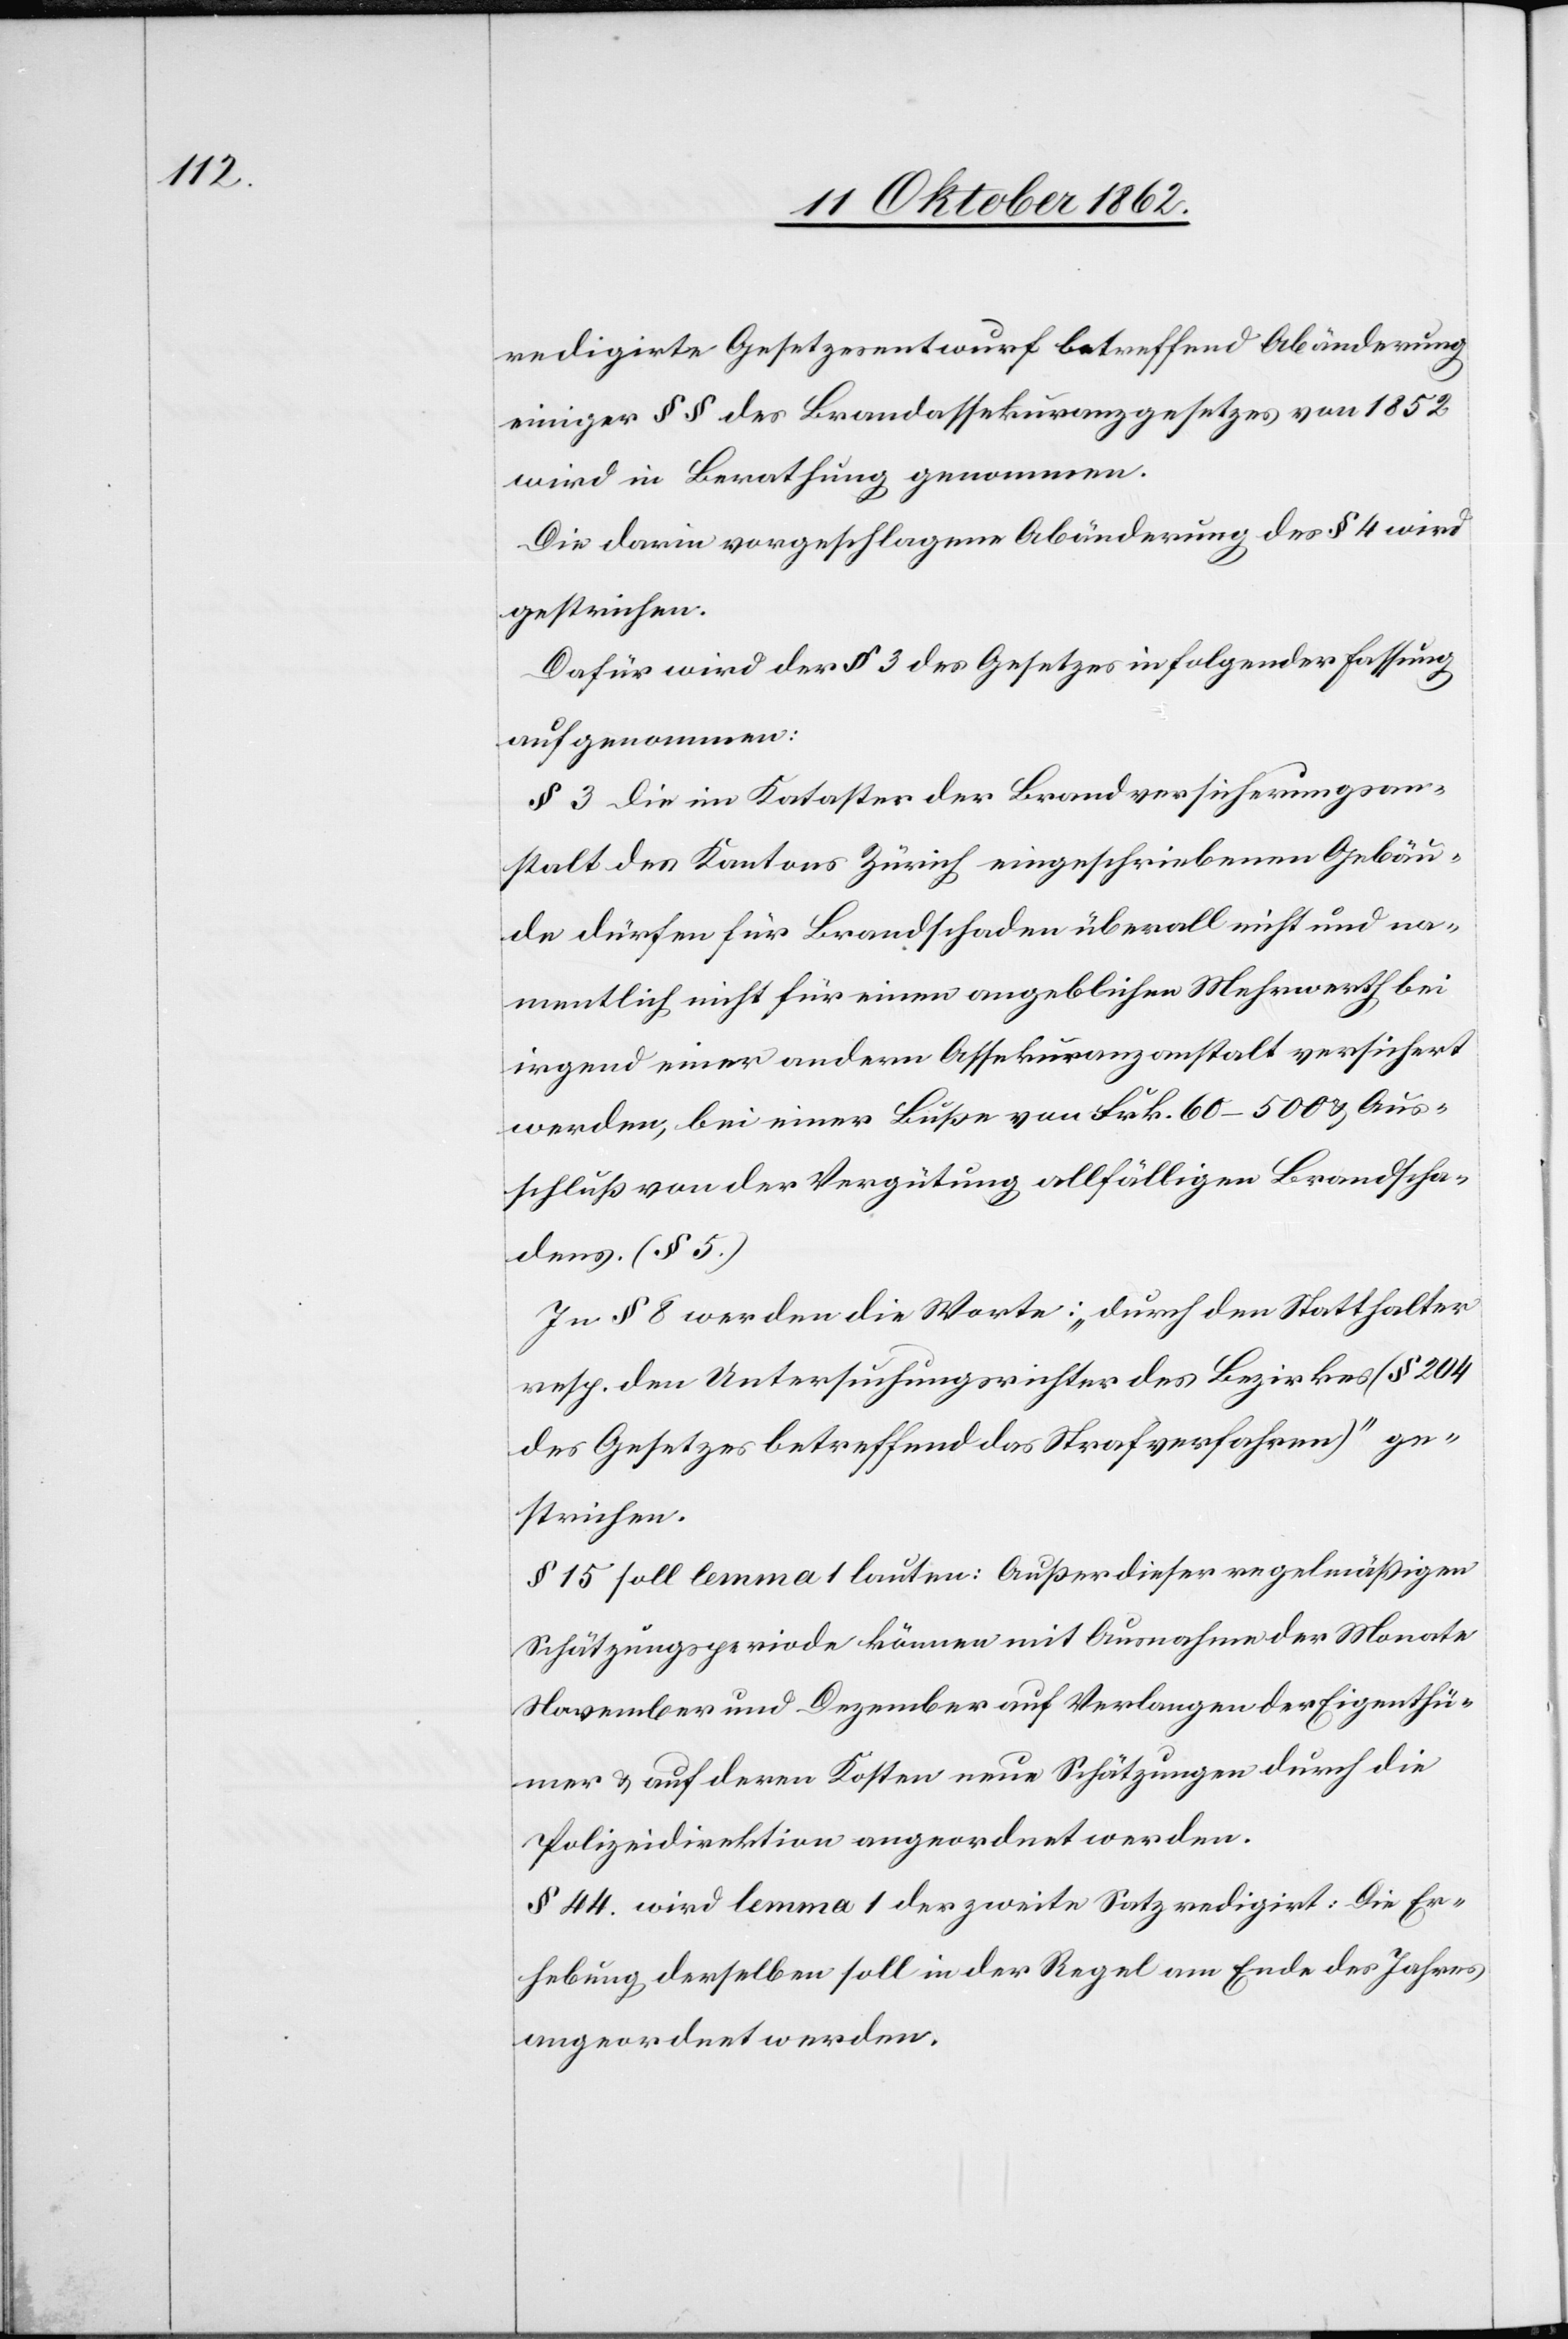
redigirte Gesetzesentwurf betreffend Abänderung
einiger §§ des Brandassekuranzgesetzes von 1852
wird in Berathung genommen.
Die darin vorgeschlagene Abänderung des § 4 wird
gestrichen.
Dafür wird der § 3 des Gesetzes in folgender Fassung
aufgenommen:
§ 3 Die im Kataster der Brandversicherungsan¬
stalt des Kantons Zürich eingeschriebenen Gebäu¬
de dürfen für Brandschaden überall nicht und na¬
mentlich nicht für einen angeblichen Mehrwerth bei
irgend einer andern Assekuranzanstalt versichert
werden, bei einer Buße von Frk. 60–500 u. Aus¬
schluß von der Vergütung allfälligen Brandscha¬
dens. (§. 5.)
In § 8 werden die Worte: „durch den Statthalter
resp. den Untersuchungsrichter des Bezirkes (§.204
des Gesetzes betreffend das Strafverfahren)“ ge¬
strichen.
§ 15 soll lemma 1 lauten: Außer dieser regelmäßigen
Schätzungsperiode können mit Ausnahme der Monate
November und Dezember auf Verlangen der Eigenthü¬
mer u. auf deren Kosten neue Schätzungen durch die
Polizeidirektion angeordnet werden.
§ 44 wird lemma 1 der zweite Satz redigirt: Die Er¬
hebung derselben soll in der Regel am Ende des Jahres
angeordnet werden.